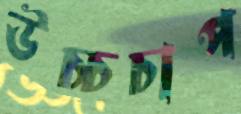
উচ্চচাপ